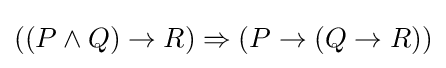
((P\land Q)\to R)\Rightarrow (P\to (Q\to R))